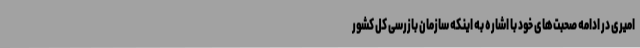
امیری در ادامه صحبت‌های خود با اشاره به اینکه سازمان بازرسی کل کشور